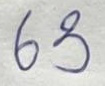
63